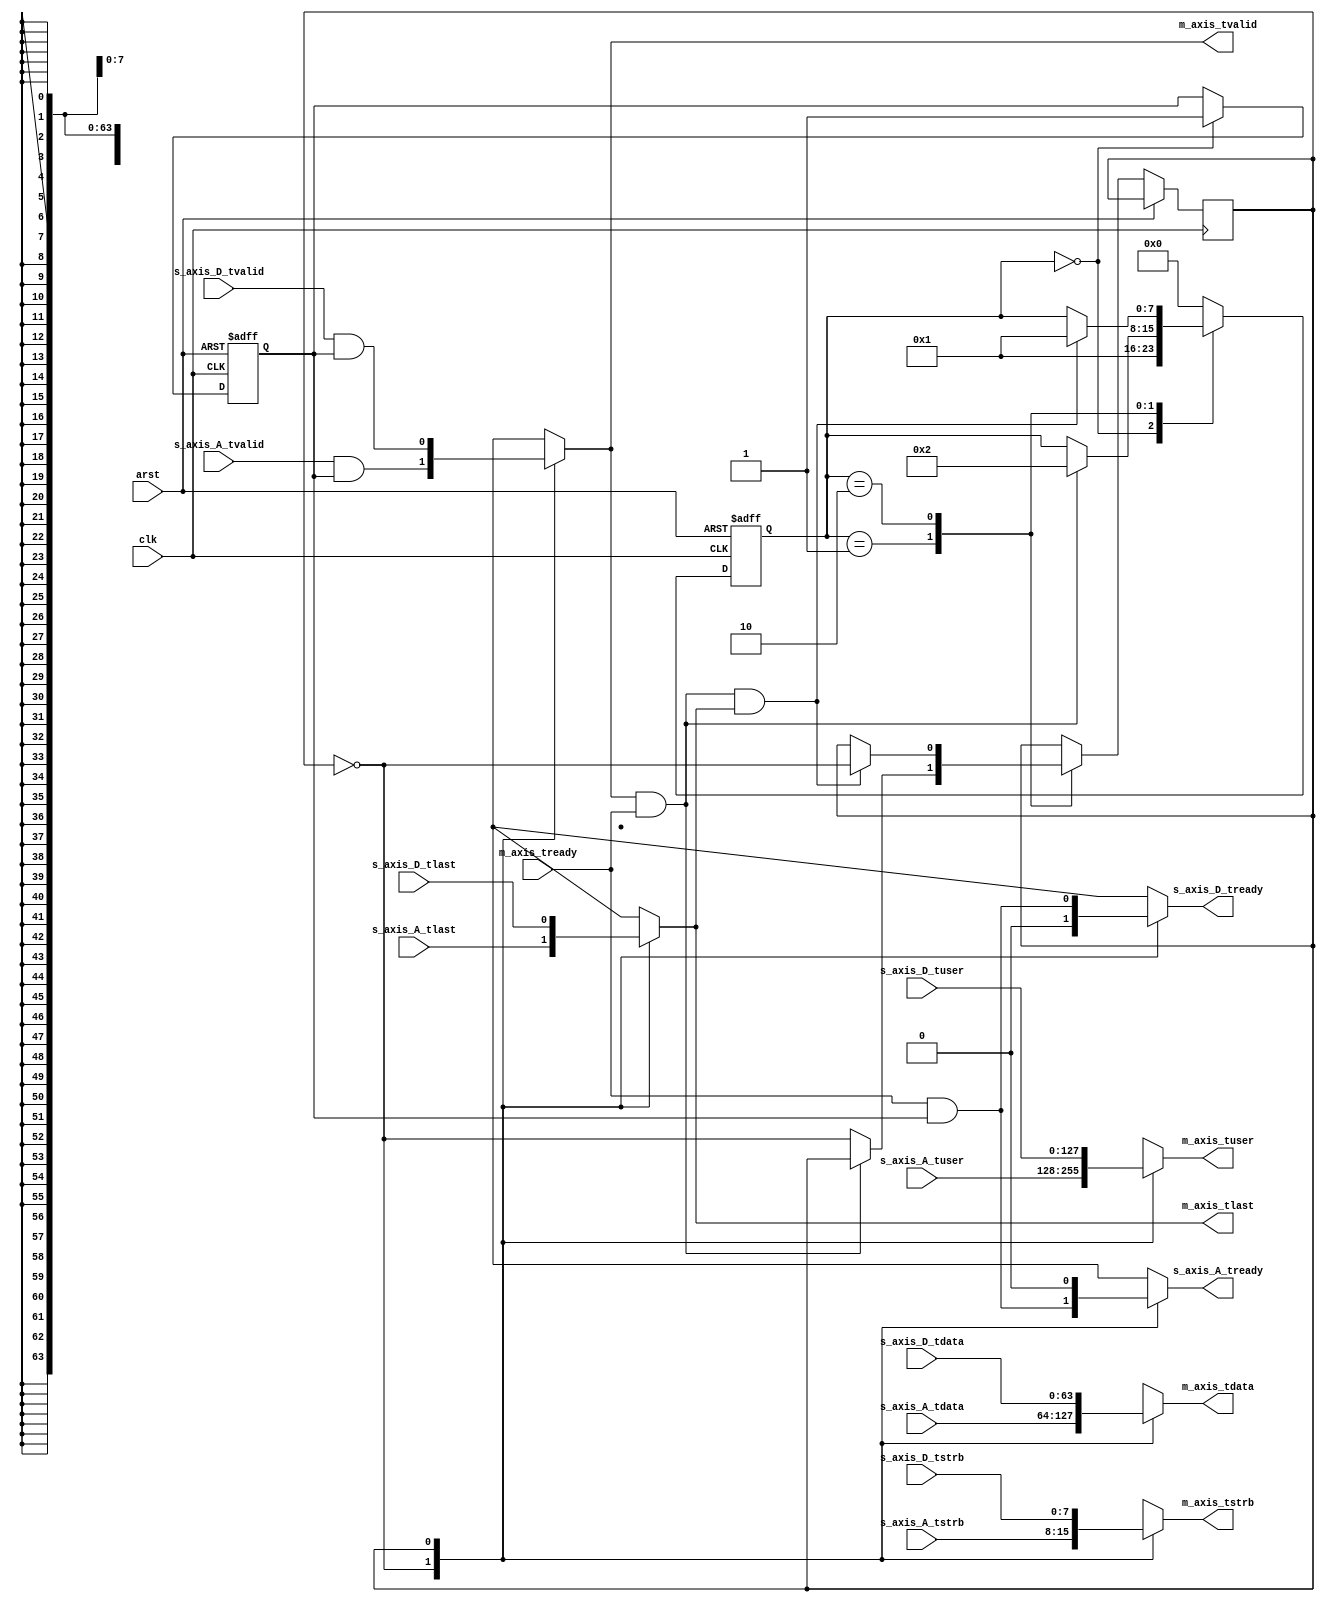
/*******************************************************************************
*
*  NetFPGA-10G http://www.netfpga.org
*
*  File:
*        mxr.v
*
*  Project:
*
*
*  Author:
*        Marco Forconesi
*
*  Description:
*        Arbitrates access to PCIe endpoint between subsystems. For testing only.
*
*
*    This code is initially developed for the Network-as-a-Service (NaaS) project.
*
*  Copyright notice:
*        Copyright (C) 2014 University of Cambridge
*
*  Licence:
*        This file is part of the NetFPGA 10G development base package.
*
*        This file is free code: you can redistribute it and/or modify it under
*        the terms of the GNU Lesser General Public License version 2.1 as
*        published by the Free Software Foundation.
*
*        This package is distributed in the hope that it will be useful, but
*        WITHOUT ANY WARRANTY; without even the implied warranty of
*        MERCHANTABILITY or FITNESS FOR A PARTICULAR PURPOSE.  See the GNU
*        Lesser General Public License for more details.
*
*        You should have received a copy of the GNU Lesser General Public
*        License along with the NetFPGA source package.  If not, see
*        http://www.gnu.org/licenses/.
*
*/

//////////////////////////////////////////////////////////////////////////////////////////////
//////////////////////////////////////////////////////////////////////////////////////////////
`timescale 1ns / 1ps
//`default_nettype none

module mxr (

    input                    clk,
    input                    arst,

    // MAC A
    input        [63:0]      s_axis_A_tdata,
    input        [7:0]       s_axis_A_tstrb,
    input        [127:0]     s_axis_A_tuser,
    input                    s_axis_A_tvalid,
    input                    s_axis_A_tlast,
    output reg               s_axis_A_tready,

    // MAC D
    input        [63:0]      s_axis_D_tdata,
    input        [7:0]       s_axis_D_tstrb,
    input        [127:0]     s_axis_D_tuser,
    input                    s_axis_D_tvalid,
    input                    s_axis_D_tlast,
    output reg               s_axis_D_tready,

    // 2DMA
    output reg   [63:0]      m_axis_tdata,
    output reg   [7:0]       m_axis_tstrb,
    output reg   [127:0]     m_axis_tuser,
    output reg               m_axis_tvalid,
    output reg               m_axis_tlast,
    input                    m_axis_tready
    );

    // localparam
    localparam s0 = 8'b00000000;
    localparam s1 = 8'b00000001;
    localparam s2 = 8'b00000010;
    localparam s3 = 8'b00000100;
    localparam s4 = 8'b00001000;
    localparam s5 = 8'b00010000;
    localparam s6 = 8'b00100000;
    localparam s7 = 8'b01000000;
    localparam s8 = 8'b10000000;

    //-------------------------------------------------------
    // Local ARB
    //-------------------------------------------------------   
    reg          [7:0]       arb_fsm;
    reg                      turn_bit;
    reg                      en;

    ////////////////////////////////////////////////
    // MUX
    ////////////////////////////////////////////////
    always @(*) begin
        case (turn_bit)

            1'b0 : begin
                m_axis_tdata <= s_axis_A_tdata;
                m_axis_tstrb <= s_axis_A_tstrb;
                m_axis_tuser <= s_axis_A_tuser;
                m_axis_tvalid <= s_axis_A_tvalid & en;
                m_axis_tlast <= s_axis_A_tlast;
                s_axis_A_tready <= m_axis_tready & en;
                s_axis_D_tready <= 1'b0;
            end

            1'b1 : begin
                m_axis_tdata <= s_axis_D_tdata;
                m_axis_tstrb <= s_axis_D_tstrb;
                m_axis_tuser <= s_axis_D_tuser;
                m_axis_tvalid <= s_axis_D_tvalid & en;
                m_axis_tlast <= s_axis_D_tlast;
                s_axis_D_tready <= m_axis_tready & en;
                s_axis_A_tready <= 1'b0;
            end

        endcase
    end  //always

    ////////////////////////////////////////////////
    // ARB
    ////////////////////////////////////////////////
    always @(posedge clk or posedge arst) begin

        if (arst) begin  // rst
            en <= 1'b0;
            arb_fsm <= s0;
        end
        
        else begin  // not rst

            case (arb_fsm)

                s0 : begin
                    en <= 1'b1;
                    arb_fsm <= s1;
                end

                s1 : begin
                    if (m_axis_tvalid && m_axis_tready) begin
                        arb_fsm <= s2;
                    end
                    else begin
                        turn_bit <= ~turn_bit;
                    end
                end

                s2 : begin
                    if (m_axis_tvalid && m_axis_tready && m_axis_tlast) begin
                        turn_bit <= ~turn_bit;
                        arb_fsm <= s1;
                    end
                end

                default : begin 
                    arb_fsm <= s0;
                end

            endcase
        end     // not rst
    end  //always

endmodule // mxr

//////////////////////////////////////////////////////////////////////////////////////////////
//////////////////////////////////////////////////////////////////////////////////////////////